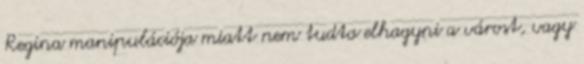
Regina manipulációja miatt nem tudta elhagyni a várost, vagy